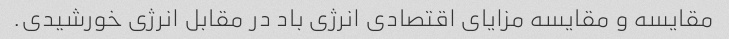
مقایسه و مقایسه مزایای اقتصادی انرژی باد در مقابل انرژی خورشیدی.